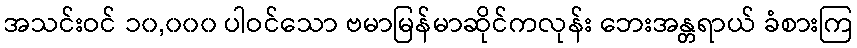
အသင်းဝင် ၁၀,၀၀၀ ပါဝင်သော ဗမာမြန်မာဆိုင်ကလုန်း ဘေးအန္တရာယ် ခံစားကြ